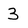
Character: 3